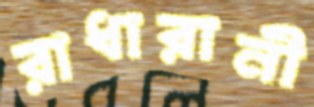
রাধারানী